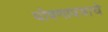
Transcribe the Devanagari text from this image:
घोषणापत्राचे